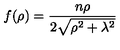
f ( \rho ) = { \frac { n \rho } { 2 \sqrt { \rho ^ { 2 } + \lambda ^ { 2 } } } }